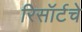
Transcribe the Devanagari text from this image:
रिसॉर्टचे